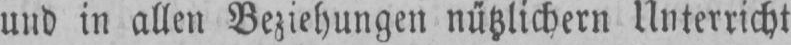
und in allen Beziehungen nützlichern Unterricht